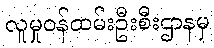
လူမှုဝန်ထမ်းဦးစီးဌာနမှ